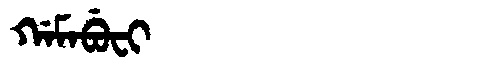
Manchu: ᡤᠠᠮᠠᠪᡠᠸᡳ
Romanization: GAMABUFI